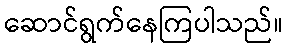
ဆောင်ရွက်နေကြပါသည်။